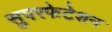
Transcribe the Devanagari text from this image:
सुपरफेटेशन